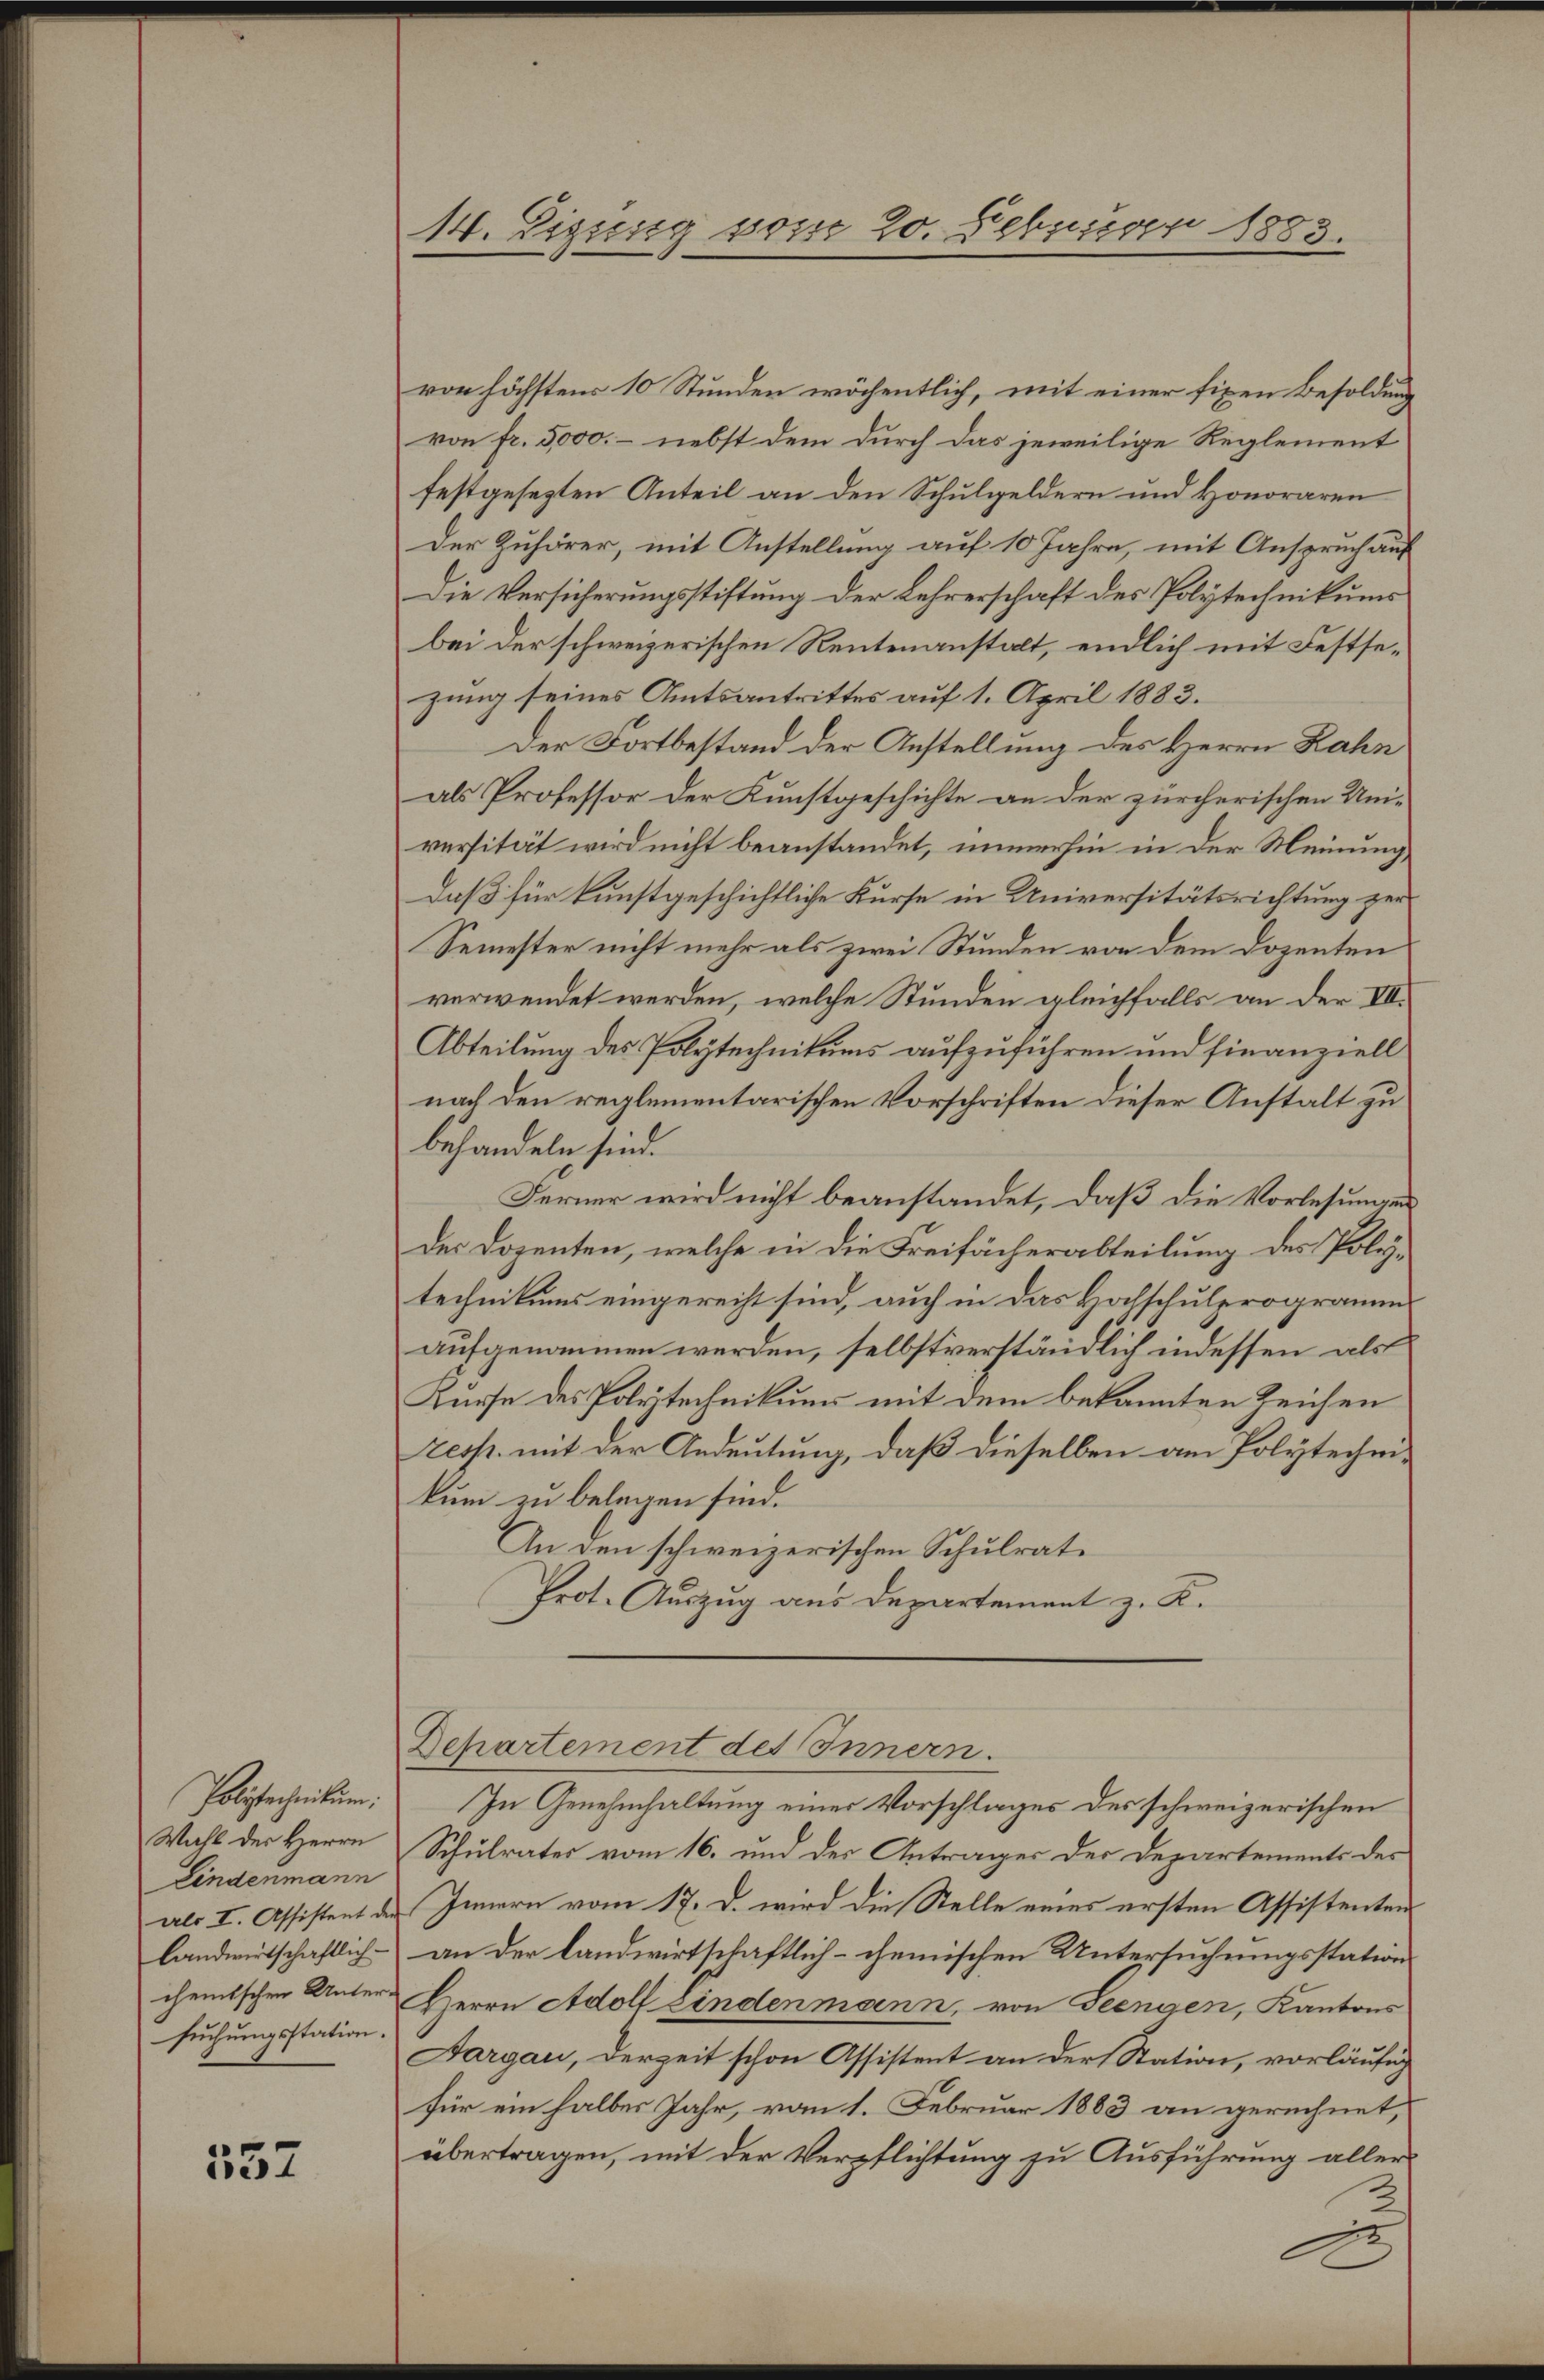
Polstechnikum.
Wahl der Herrn
Lindenmann
landwirtschaftlich-
suchungsstation.

352

fe
14. Eigung vom 20. Februar 1883.

von höchstens 10 Stunden wöchentlich, mit einer fixen Besoldung
von fr. 5000. - nebst dem durch das jeweilige Reglement
festgesezten Anteil an den Schulgeldern und Honoraren
Der Zuhörer, mit Anstellung auf 10 Jahre, mit Anspruch auf
Die Versicherungsstiftung der Lehrerschaft des Polytechnikums
bei der schweizerischen Rentenanstalt, endlich mit Festsezung seines Amtsantrittes auf 1. April 1883.
Der Fortbestand der Anstellung des Herrn Rahn
als Professor der Kunstgeschichte an der zürcherischen Universität wird nicht beanstandet, immerhin in der Meinung
daß für kunstgeschichtliche Kurse in Universitätsrichtung zur
Semester nicht mehr als zwei Stunden von dem Dozenten
verwendet werden, welche Stunden gleichfalls an der VII.
Abteilung des Polytechnikums aufzuführen und finanziell
nach den reglementarischen Vorschriften dieser Anstalt zu
behandeln sind.
Ferner wird nicht beanstandet, daß die Vorlesungen
der Dozenten, welche in die Freifächerabteilung des Polytechnikums eingerecht sind, auch in das Hochschulprogrammaufgenommen werden, selbstverständlich indessen als
Kurse des Polytechnikums mit dem bekannten Zeichen
resp. mit der Andeutung, daß dieselben am Polytechnikum zu belegen sind.
An den schweizerischen Schulrate
Prot. Auszug aus Departement z. K.
Departement des Innern.
In Genehmhaltung einer Vorschlages des schweizerischen
Schulrates vom 16. und der Antrages der Departements der
als I. Assistent des Innern vom 17. d. wird die Stelle eines ersten Assistenten
an der landwirtschaftlich - chemischen Untersuchungsstation
cheitschen Unter Herrn Adolf Findenmann, von Seengen, Kantons
Aargau, derzeit schon Assistent an der Station, vorläufig
für ein halbes Jahr, vom 1. Februar 1883 an gerechnet,
übertragen, mit der Verpflichtung zu Ausführung aller